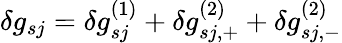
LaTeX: \delta g_{sj}=\delta g_{sj}^{(1)}+\delta g_{sj,+}^{(2)}+\delta g_{sj,-}^{(2)}